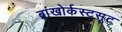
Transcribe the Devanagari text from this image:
ब्रांखोर्कस्टसूट